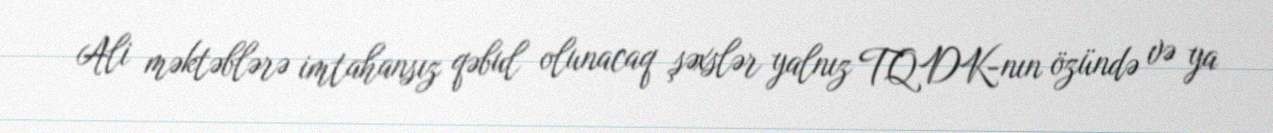
Ali məktəblərə imtahansız qəbul olunacaq şəxslər yalnız TQDK-nın özündə və ya